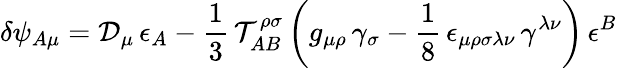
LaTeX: \delta\psi_{A\mu}=\mathcal{D}_{\mu}\, \epsilon_{A}-\frac{1}{3}\, \mathcal{T}_{AB}^{\rho\sigma}\left(g_{\mu\rho}\, \gamma_{\sigma}-\frac{1}{8}\, \epsilon_{\mu\rho\sigma\lambda\nu}\, \gamma^{\lambda\nu}\right)\, \epsilon^{B}